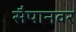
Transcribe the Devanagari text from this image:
सैपानवर